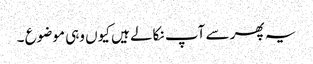
یہ پھر سے آپ نکالے ہیں کیوں وہی موضوع ۔